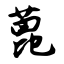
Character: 蓖